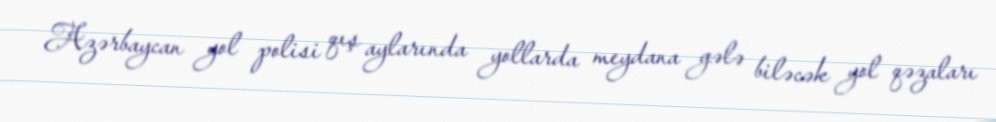
Azərbaycan yol polisi qış aylarında yollarda meydana gələ biləcək yol qəzaları